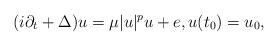
LaTeX: \begin{align*}(i\partial_t+\Delta) u = \mu |u|^p u + e, u(t_0)=u_0,\end{align*}